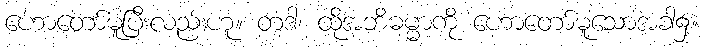
ဟောတော်မူပြီးလည်းဟူ။ တဒါ၊ ထိုအဘိဓမ္မာကို ဟောတော်မူသောအခါ၌။